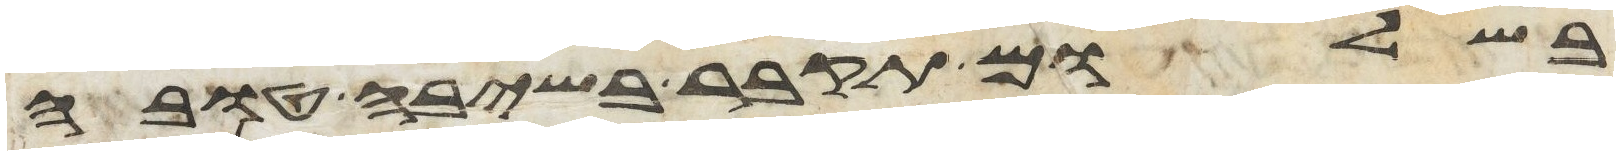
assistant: בשלום תקבר בשיבה טובה